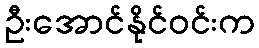
ဦးအောင်နိုင်ဝင်းက